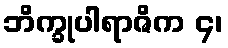
ဘိက္ခုပါရာဇိက ၄၊